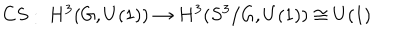
C S : \ H ^ { 3 } ( G , U ( 1 ) ) \to H ^ { 3 } ( S ^ { 3 } / G , U ( 1 ) ) \cong U ( 1 )